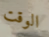
الوقت